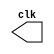
module clock (output clk);
    reg clk;
    
    initial begin
        clk = 1'b0;
    end
    
    always begin
        #12 clk = ~clk;
    end
endmodule